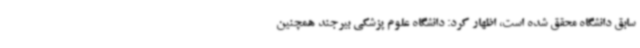
سابق دانشگاه محقق شده است، اظهار کرد: دانشگاه علوم پزشکی بیرجند همچنین